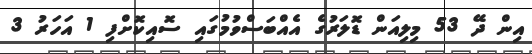
އިން ދޭ 53 މިލިއަން ޑޮލަރުގެ އެއްބަސްވުމުގައި ސޮއިކޮށްފި 1 އަހަރު 3